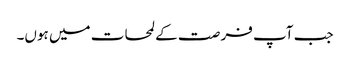
جب آپ فر صت کے لمحات میں ہوں۔